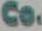
Co.